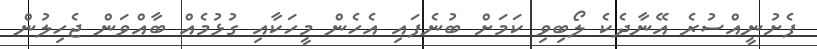
ފެށުނީއްސުރެ އޭނާދެކެ ލޯބިވި ކަމަށް ބުނެފައި އެހެން މީހަކާއި ގުޅުމެއް ބާއްވަން ޖެހިލުން